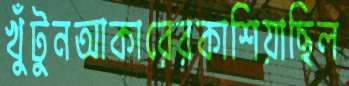
খুঁটুনআকারেরকাশিয়াছিল